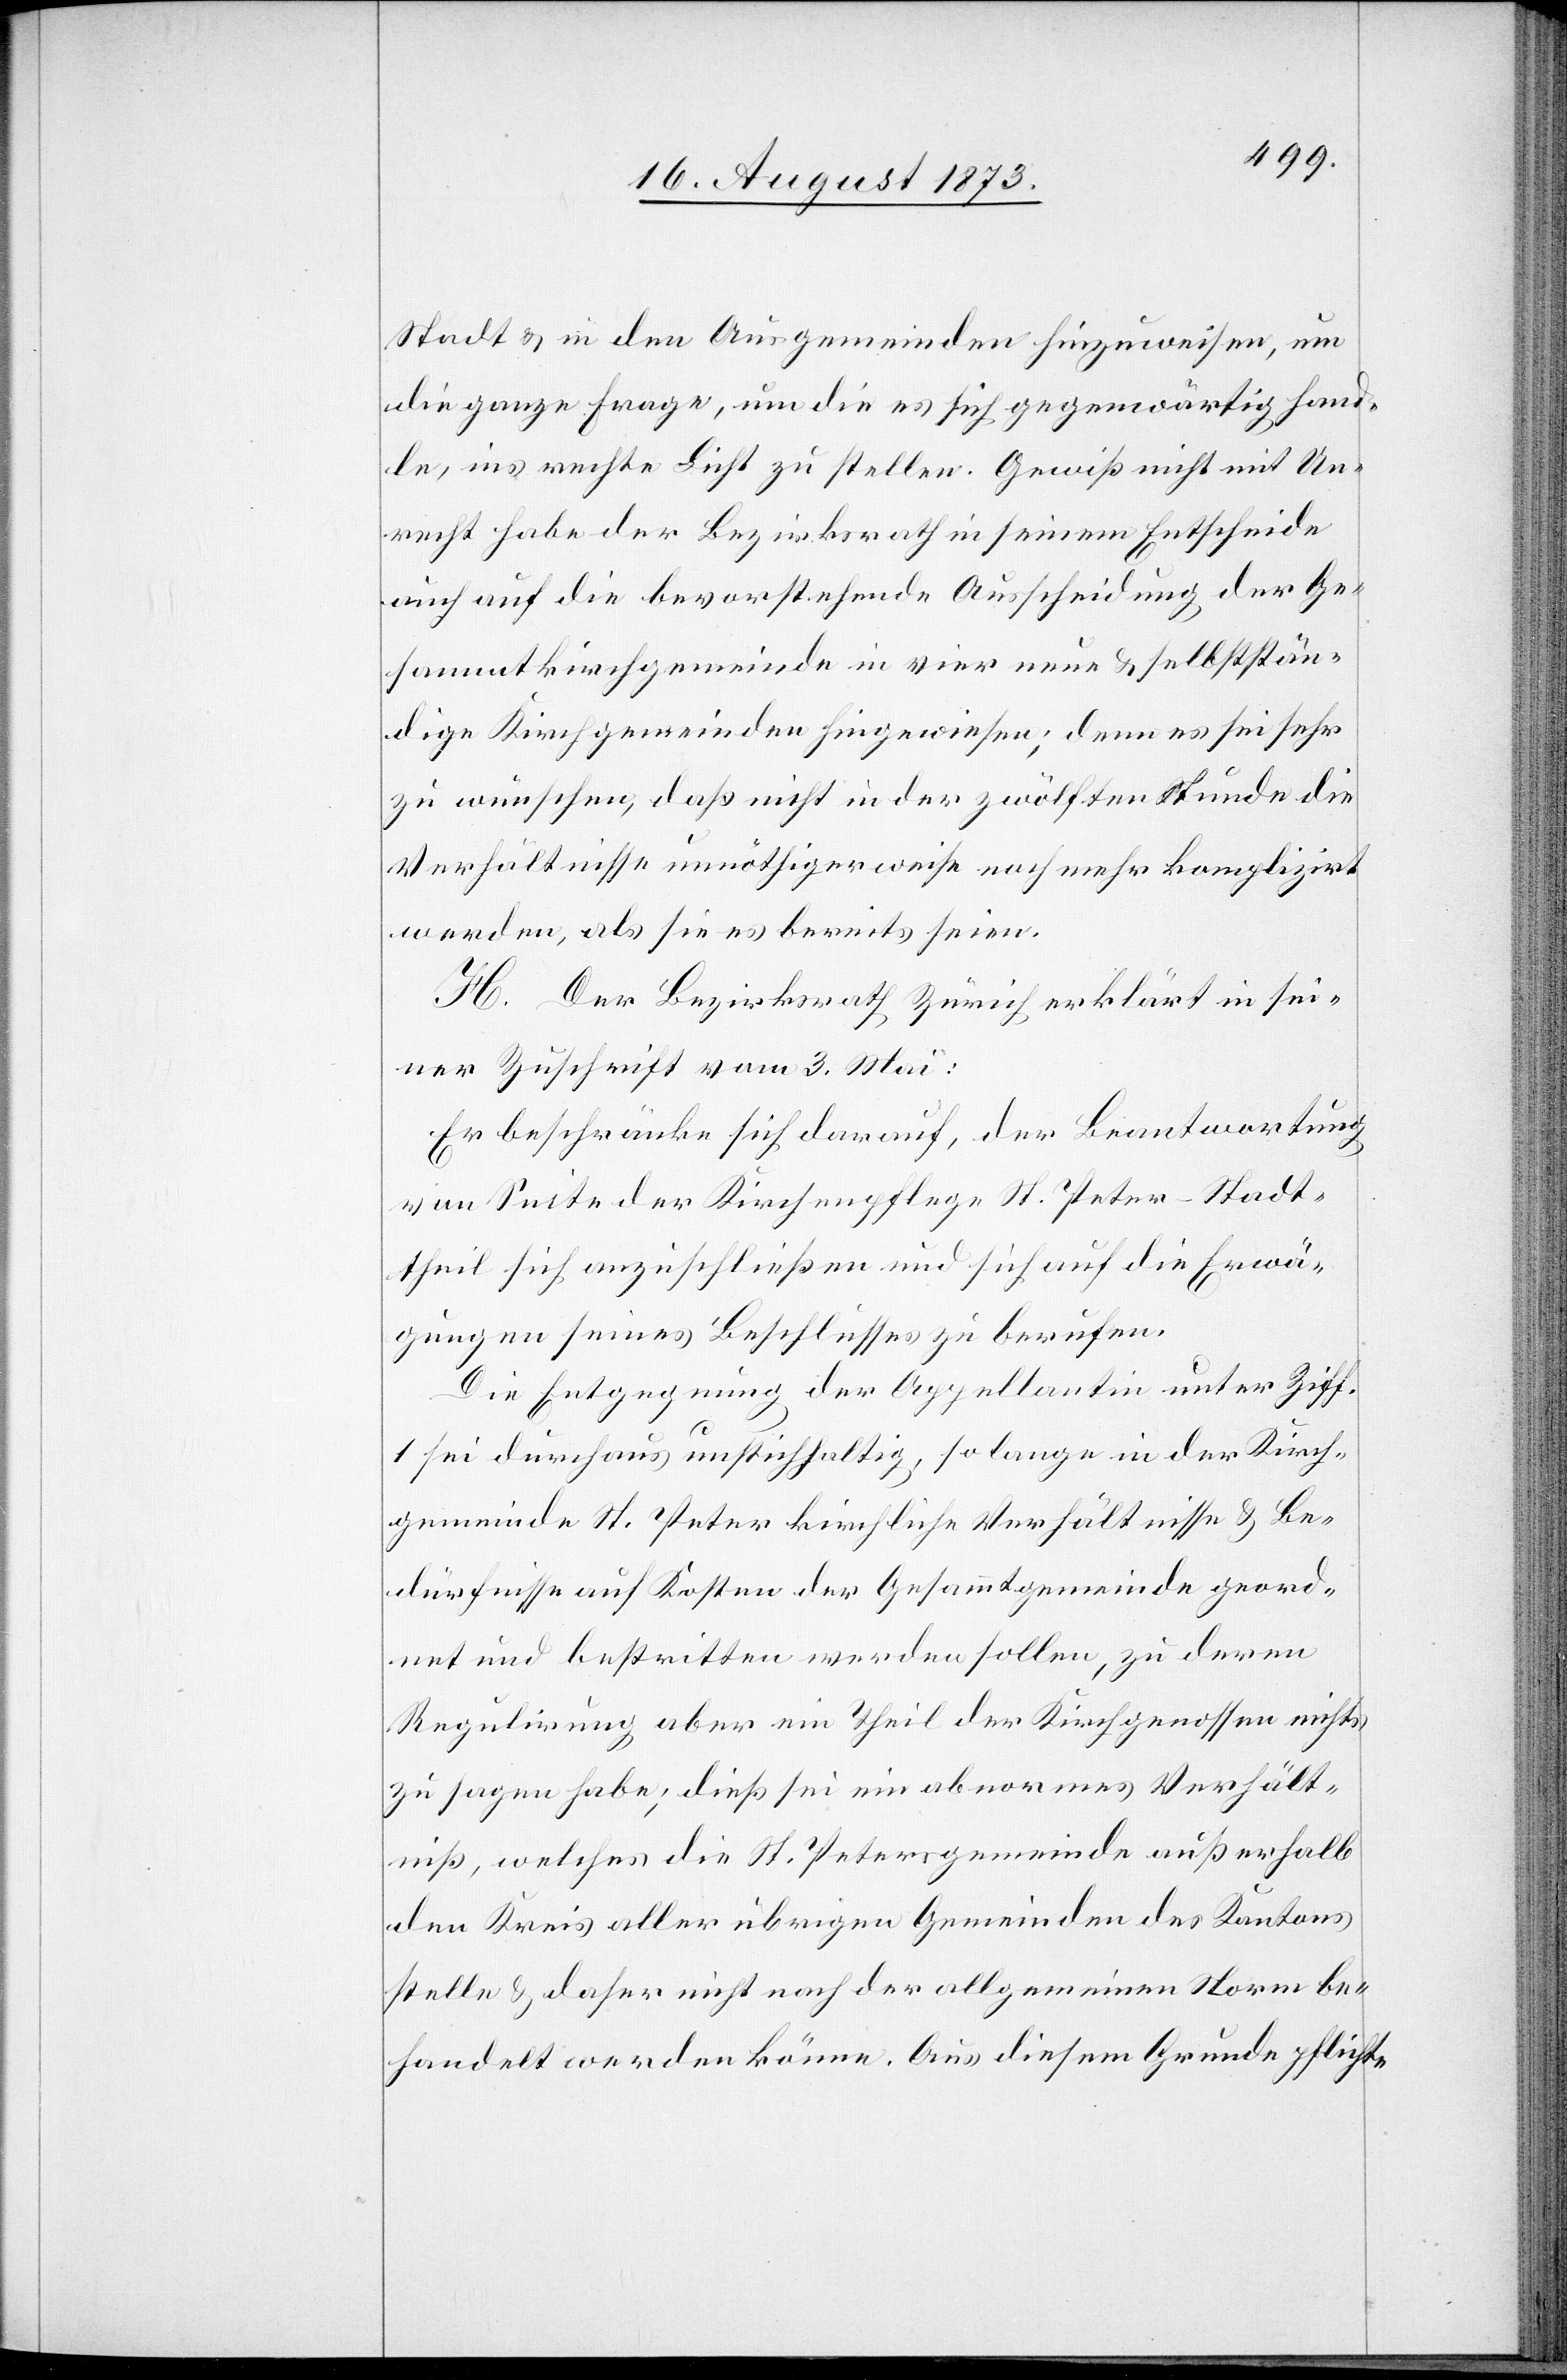
Stadt & in den Ausgemeinden hinzuweisen, um
die ganze Frage, um die es sich gegenwärtig hand¬
le, ins rechte Licht zu stellen. Gewiß nicht mit Un¬
recht habe der Bezirksrath in seinem Entscheide
auch auf die bevorstehende Ausscheidung der Ge¬
sammtkirchgemeinde in vier neue & selbststän¬
dige Kirchgemeinden hingewiesen; denn es sei sehr
zu wünschen, daß nicht in der zwölften Stunde die
Verhältnisse unnöthigerweise noch mehr komplizirt
werden, als sie es bereits seien.
H. Der Bezirksrath Zürich erklärt in sei¬
ner Zuschrift vom 3. Mai:
Er beschränke sich darauf, der Beantwortung
von Seite der Kirchenpflege St. Peter-Stadt¬
theil sich anzuschließen und sich auf die Erwä¬
gungen seines Beschlusses zu berufen.
Die Entgegnung der Appellantin unter Ziff.
1 sei durchaus unstichhaltig, so lange in der Kirch¬
gemeinde St. Peter kirchliche Verhältnisse & Be¬
dürfnisse auf Kosten der Gesammtgemeinde geord¬
net und bestritten werden sollen, zu deren
Regulirung aber ein Theil der Kirchgenossen nichts
zu sagen habe; dieß sei ein abnormes Verhält¬
niß, welches die St. Petergemeinde außerhalb
den Kreis aller übrigen Gemeinden des Kantons
stelle & daher nicht nach der allgemeinen Norm be¬
handelt werden könne. Aus diesem Grunde pflichte